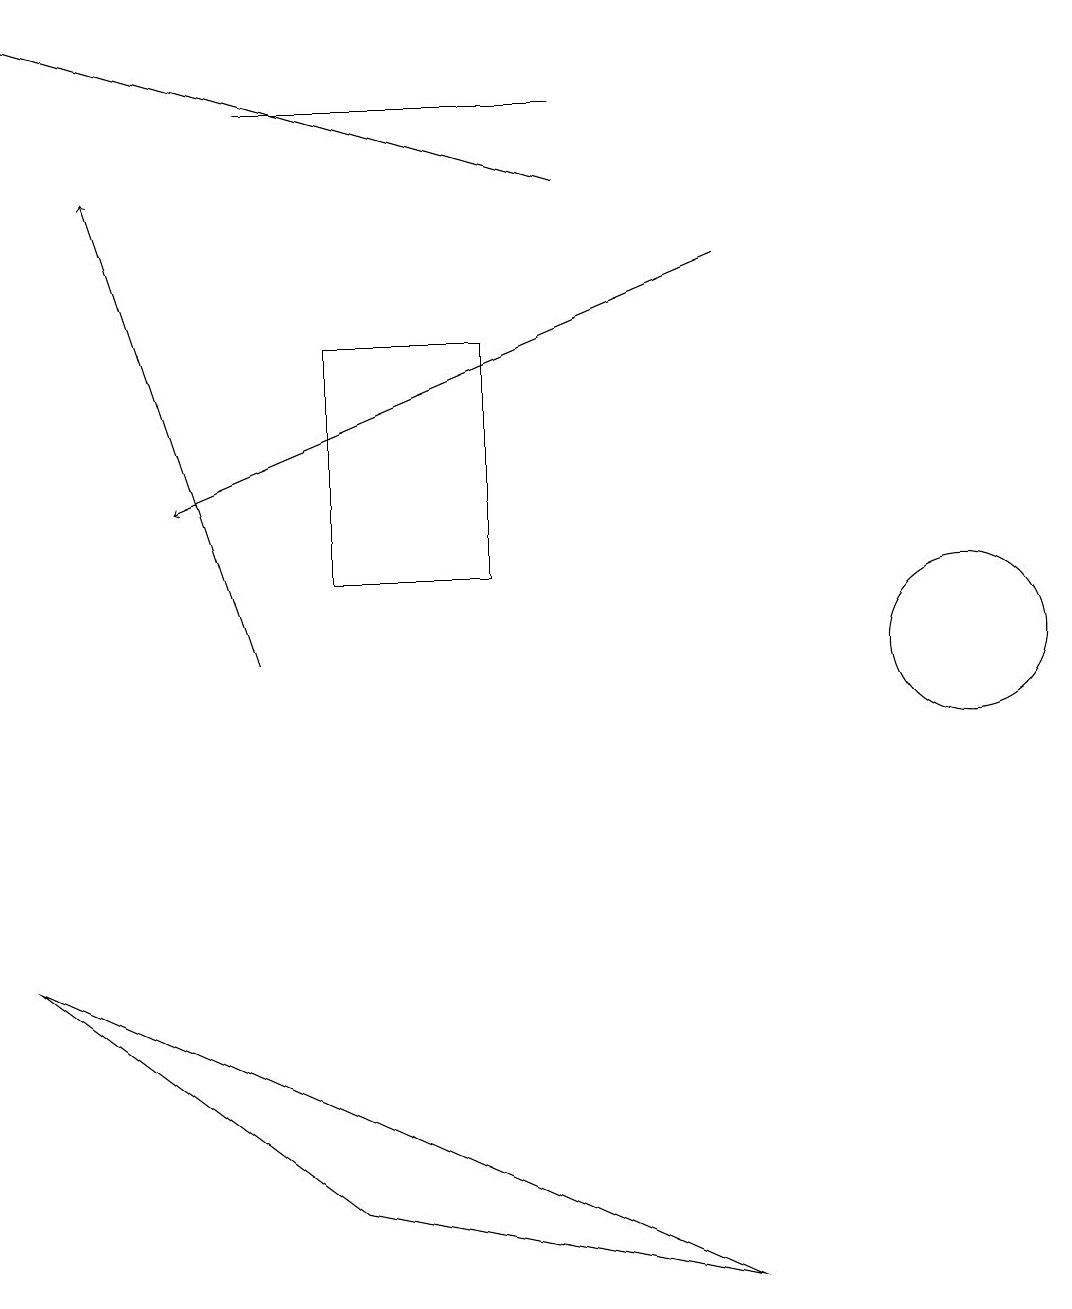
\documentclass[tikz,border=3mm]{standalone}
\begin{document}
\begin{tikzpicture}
\draw (3,18) rectangle (7,18);
\draw[->] (9,16) -- (2,13);
\draw[->] (3,11) -- (1,17);
\draw (12,11) circle (1);
\draw[->] (7,17) -- (0,19);
\draw (4,4) -- (9,3) -- (0,7) -- cycle;
\draw (4,15) rectangle (6,12);
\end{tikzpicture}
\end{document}